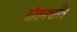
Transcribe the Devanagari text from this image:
गौतमचरित्र